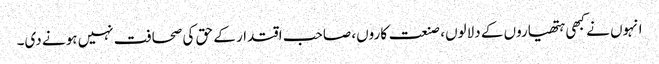
انہوں نے کبھی ہتھیاروں کے دلالوں، صنعت کاروں، صاحب اقتدار کے حق کی صحافت نہیں ہونے دی۔